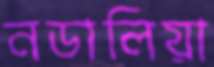
নডালিয়া